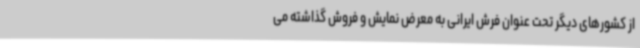
از کشورهای دیگر تحت عنوان فرش ایرانی به معرض نمایش و فروش گذاشته می